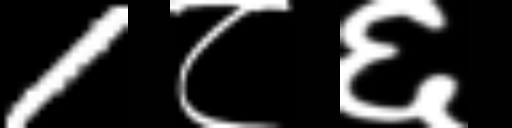
Text: 1८६